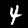
Digit: 4